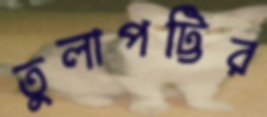
তুলাপট্টির